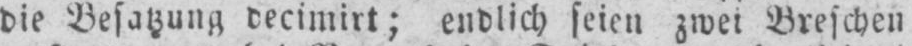
die Besatzung decimirt; endlich seien zwei Breschen